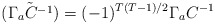
\begin{align*}{\tilde {(\Gamma_a C^{-1})}} = (-1)^{T(T-1)/2}\Gamma_a C^{-1}\end{align*}